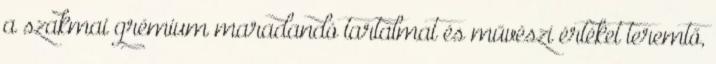
a szakmai grémium maradandó tartalmat és művészi értéket teremtő,